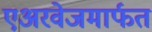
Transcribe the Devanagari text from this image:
एअरवेजमार्फत